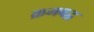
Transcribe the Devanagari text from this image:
क्रमबद्व